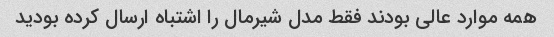
همه موارد عالی بودند فقط مدل شیرمال را اشتباه ارسال کرده بودید